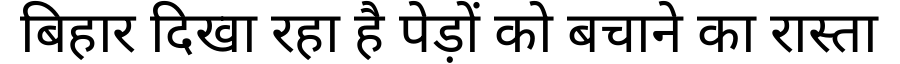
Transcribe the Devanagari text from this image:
बिहार दिखा रहा है पेड़ों को बचाने का रास्ता